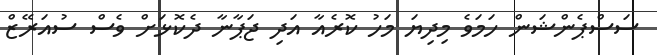
ސަސްޕެންޝަން ހަމަވެ މިދިޔަ މަހު ކޮރެއާ އަދި ޖަޕާނާ ދެކޮޅަށް ވެސް ސުއަރޭޒް